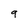
Character: 9